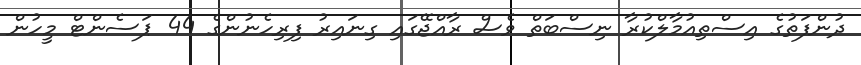
ދުންފަތުގެ އިސްތިއުމާލްކުރާ ނިސްބަތް ވެސް ރާއްޖޭގައި ގިނައިރު ފިރިހެނުންގެ 44 ޕަސެންޓް މީހުން